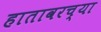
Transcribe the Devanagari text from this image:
हातावरच्या